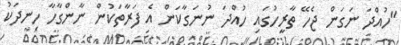
"ހުއްދަ ނަގަން ޖެހޭ ތާރީހުގައި ހުއްދަ ނުނަގާކަން އެ ފަރާތަކުން ނާންގާހާ ހިނދަކު